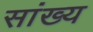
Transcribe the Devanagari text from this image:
सांख्‍य